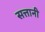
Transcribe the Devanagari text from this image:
सत्तानी